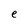
Character: e